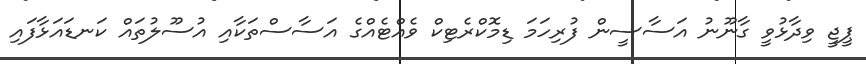
ޕީޖީ ވިދާޅުވީ ގާނޫނު އަސާސީން ފުރިހަމަ ޑިމޮކްރެޓިކް ވެއްޓެއްގެ އަސާސްތަކާއި އުސޫލުތައް ކަނޑައަޅާފައި